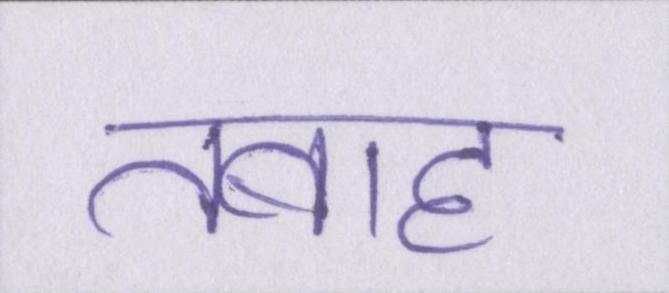
तबाह